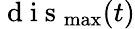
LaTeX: \mathrm{~d~i~s~}_{\operatorname*{max}}(t)